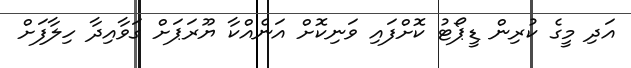
އަދި މީގެ ކުރިން ޑީޕޯޓު ކޮށްފައި ވަނިކޮށް އަނެއްކާ ޔޫރަޕަށް ގަވާއިދާ ހިލާފަށް